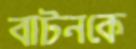
বাটনকে